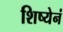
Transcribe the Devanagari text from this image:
शिष्येनं